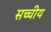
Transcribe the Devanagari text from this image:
सच्चीय